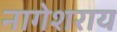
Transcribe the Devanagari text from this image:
नागेशराय